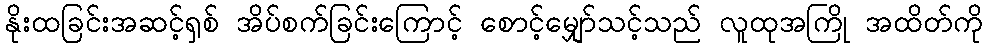
နိုးထခြင်းအဆင့်ရှစ် အိပ်စက်ခြင်းကြောင့် စောင့်မျှော်သင့်သည် လူထုအကြို အထိတ်ကို